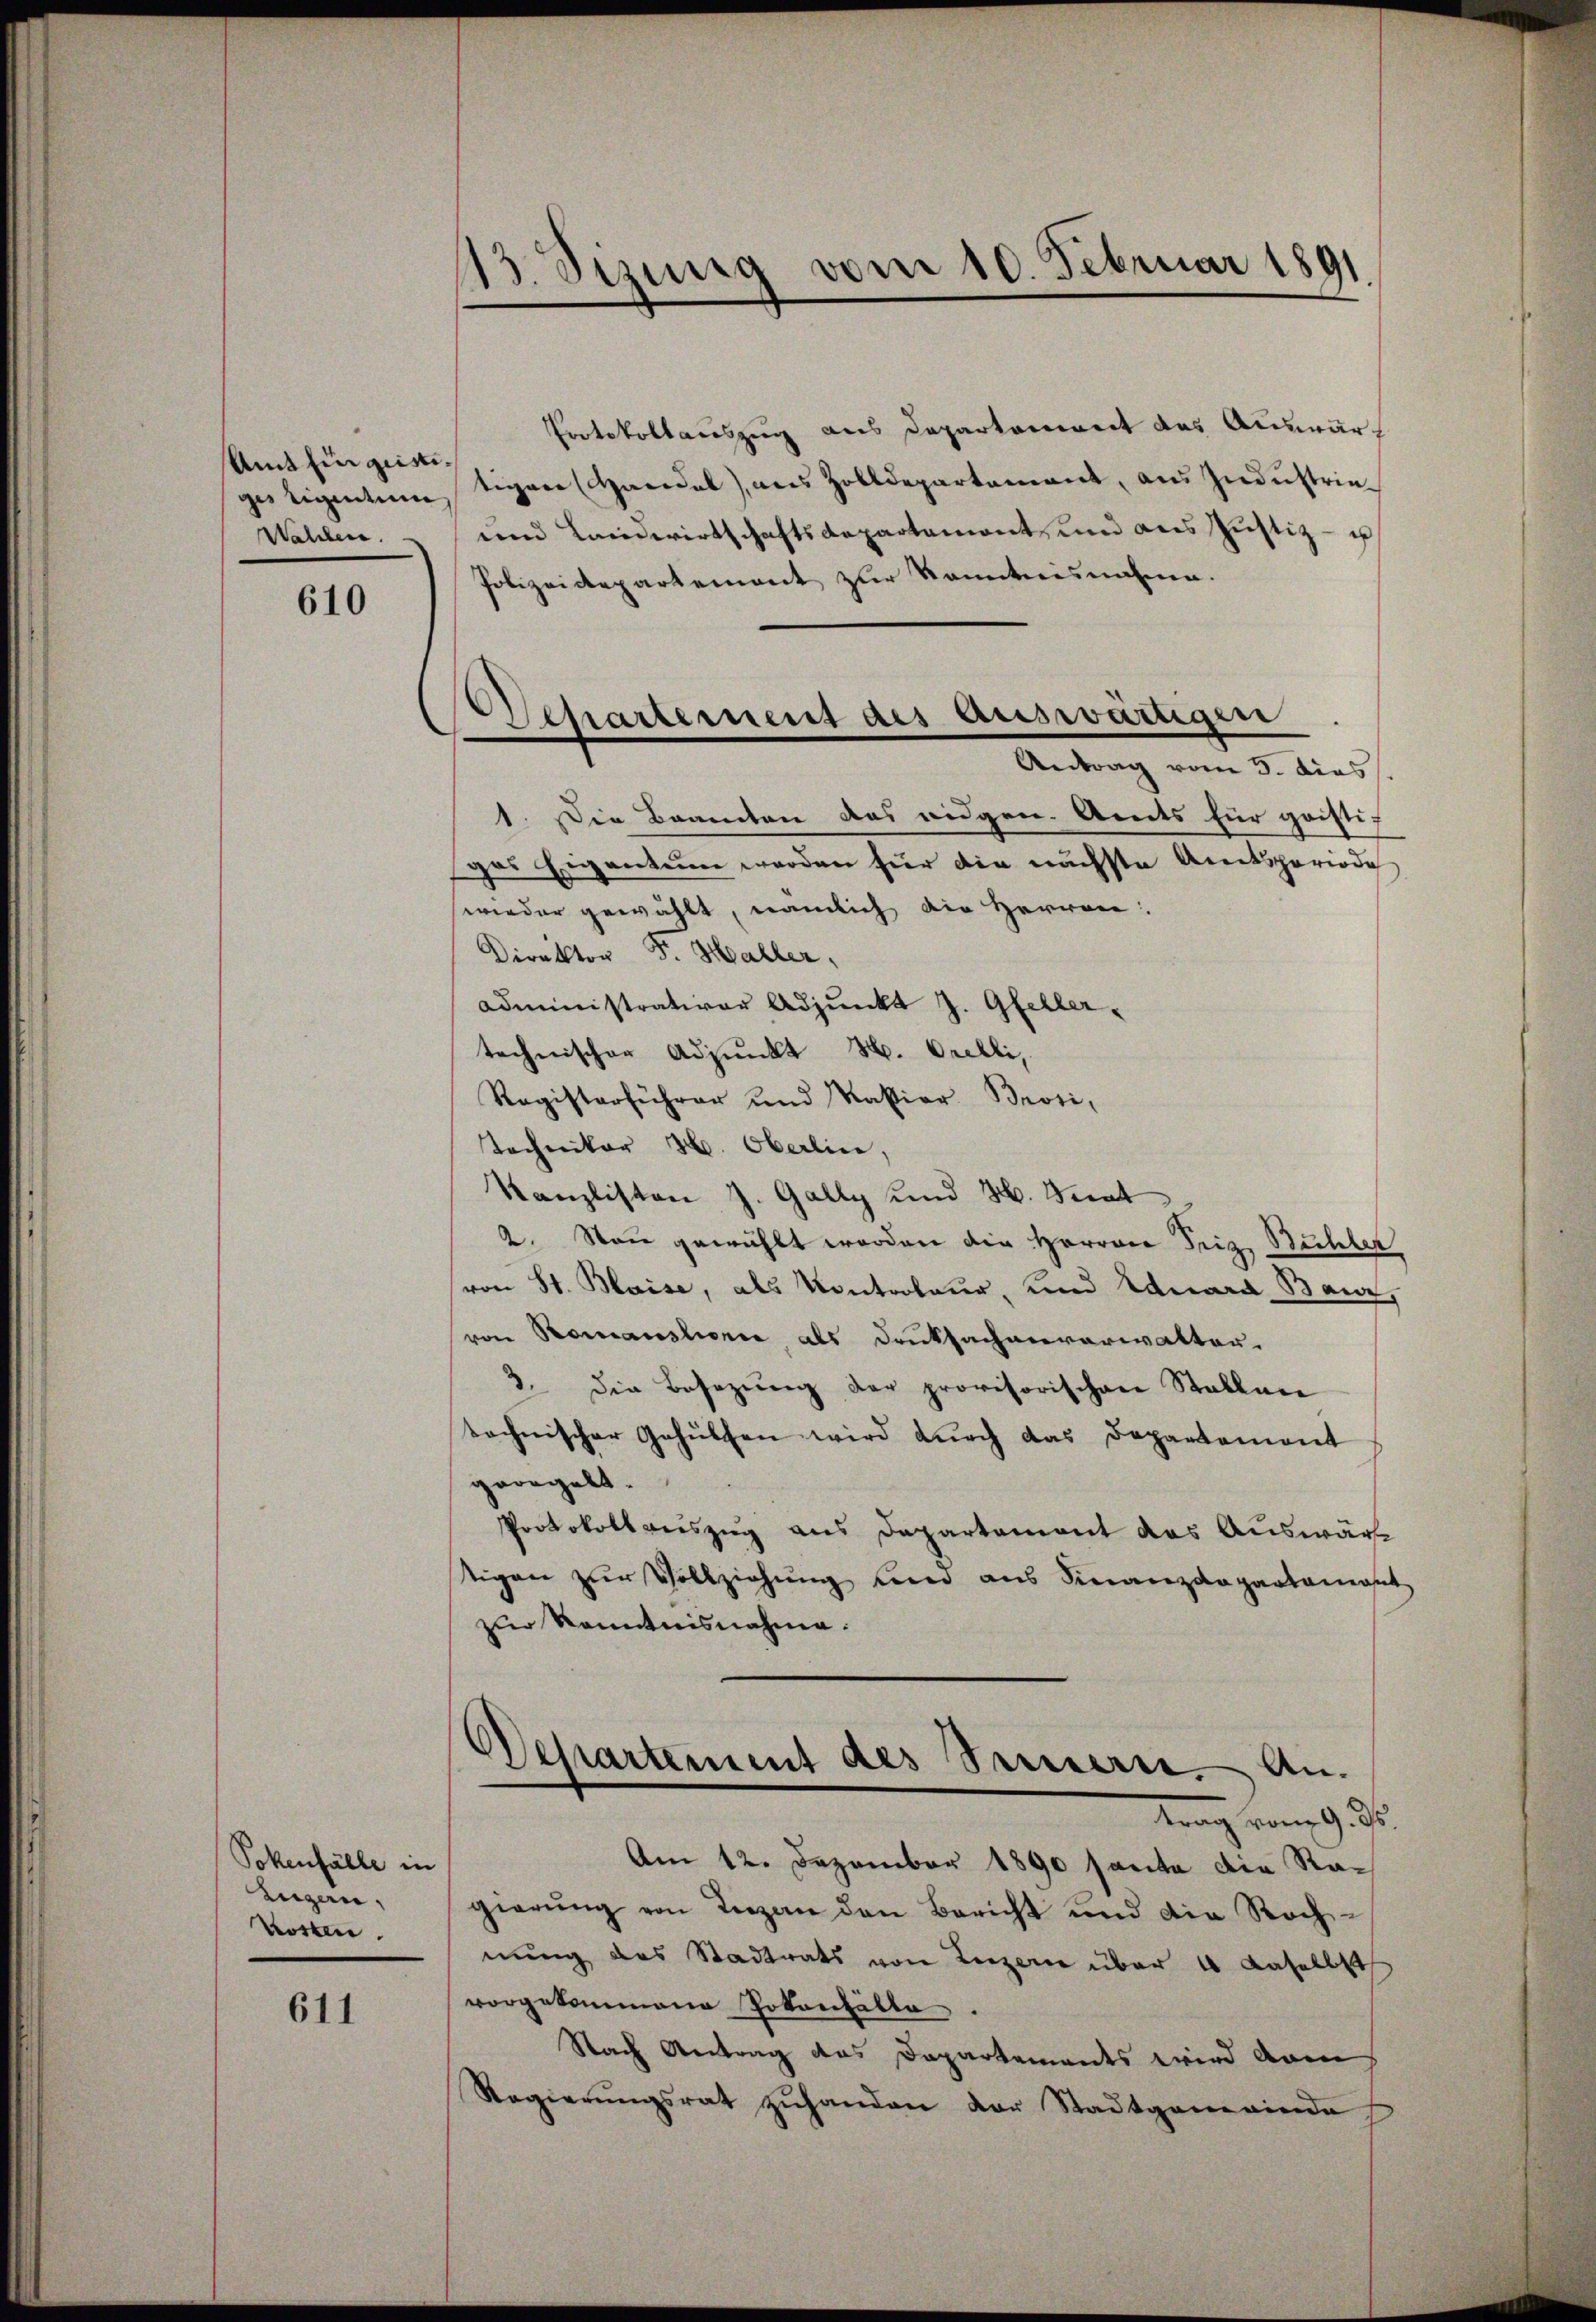
Amt Ein geistiges ligentum
Wahlen.

610

Pokenfälle in
Eugen,
Kosten.

611

113. Sizung vom 10. Februar 1891.

Protokollauszug aus Departement des Auswärt
tigere Hanedel) aus Zolldepartement, aus Industrie¬
und Landwirtschaftsdepartamant und aus Justiz- u
Polizeidepartement zur kanntnisnahme.
1. Die Beamten des eidgen. Amts für geisti-
gas Eigentum werden für die nächste Amtsperiode
wieder gewählt, nämlich die Herren:
Direktor F. Haller,
Administrativer Adjunkt J. Gfellertechnischer Adjunkt H. Orelli,
Registerführer und Kassiar Brosi,
Tochniker H. Oberlin,
Kanzlisten J. Gally und H. Stat
2. San gewählt worden die Herren Friz Büchler
von St. Blaise, als Kontroleur, und Eduard Baur,
von Romanslorie, als Druksachenverwalten.
3. die Besezung der provisorischen Stallen
technischer Gehülfen wird dŭrch das Departement
geregelt.
Protokollauszug aus Departement das Auswärtigen zur Vollziehung und aus Finanzdepartament
zur Kenntnisnahme.

Departement des auswärtigen
e
Antrag vom 5. dies

Departement des Sinnern. Antrag vom 9. ds.

Am 12. Dezember 1890 hanta die Ragierŭng von Luzan den Bericht und die Roch-
nung des Stadtrats von Luzern über 4 daselbst
vorgekommene Potenthälte.
Nach Antrag des Departements wird dam
Regierŭngsrat zŭhanden der Stadtgemeinde